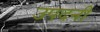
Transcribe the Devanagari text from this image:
उपदनी